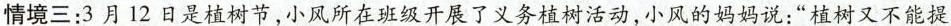
情境三：3月12日是植树节，小风所在班级开展了义务植树活动，小风的妈妈说：”植树又不能提